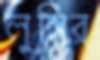
লুঙ্গির